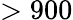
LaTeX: >900